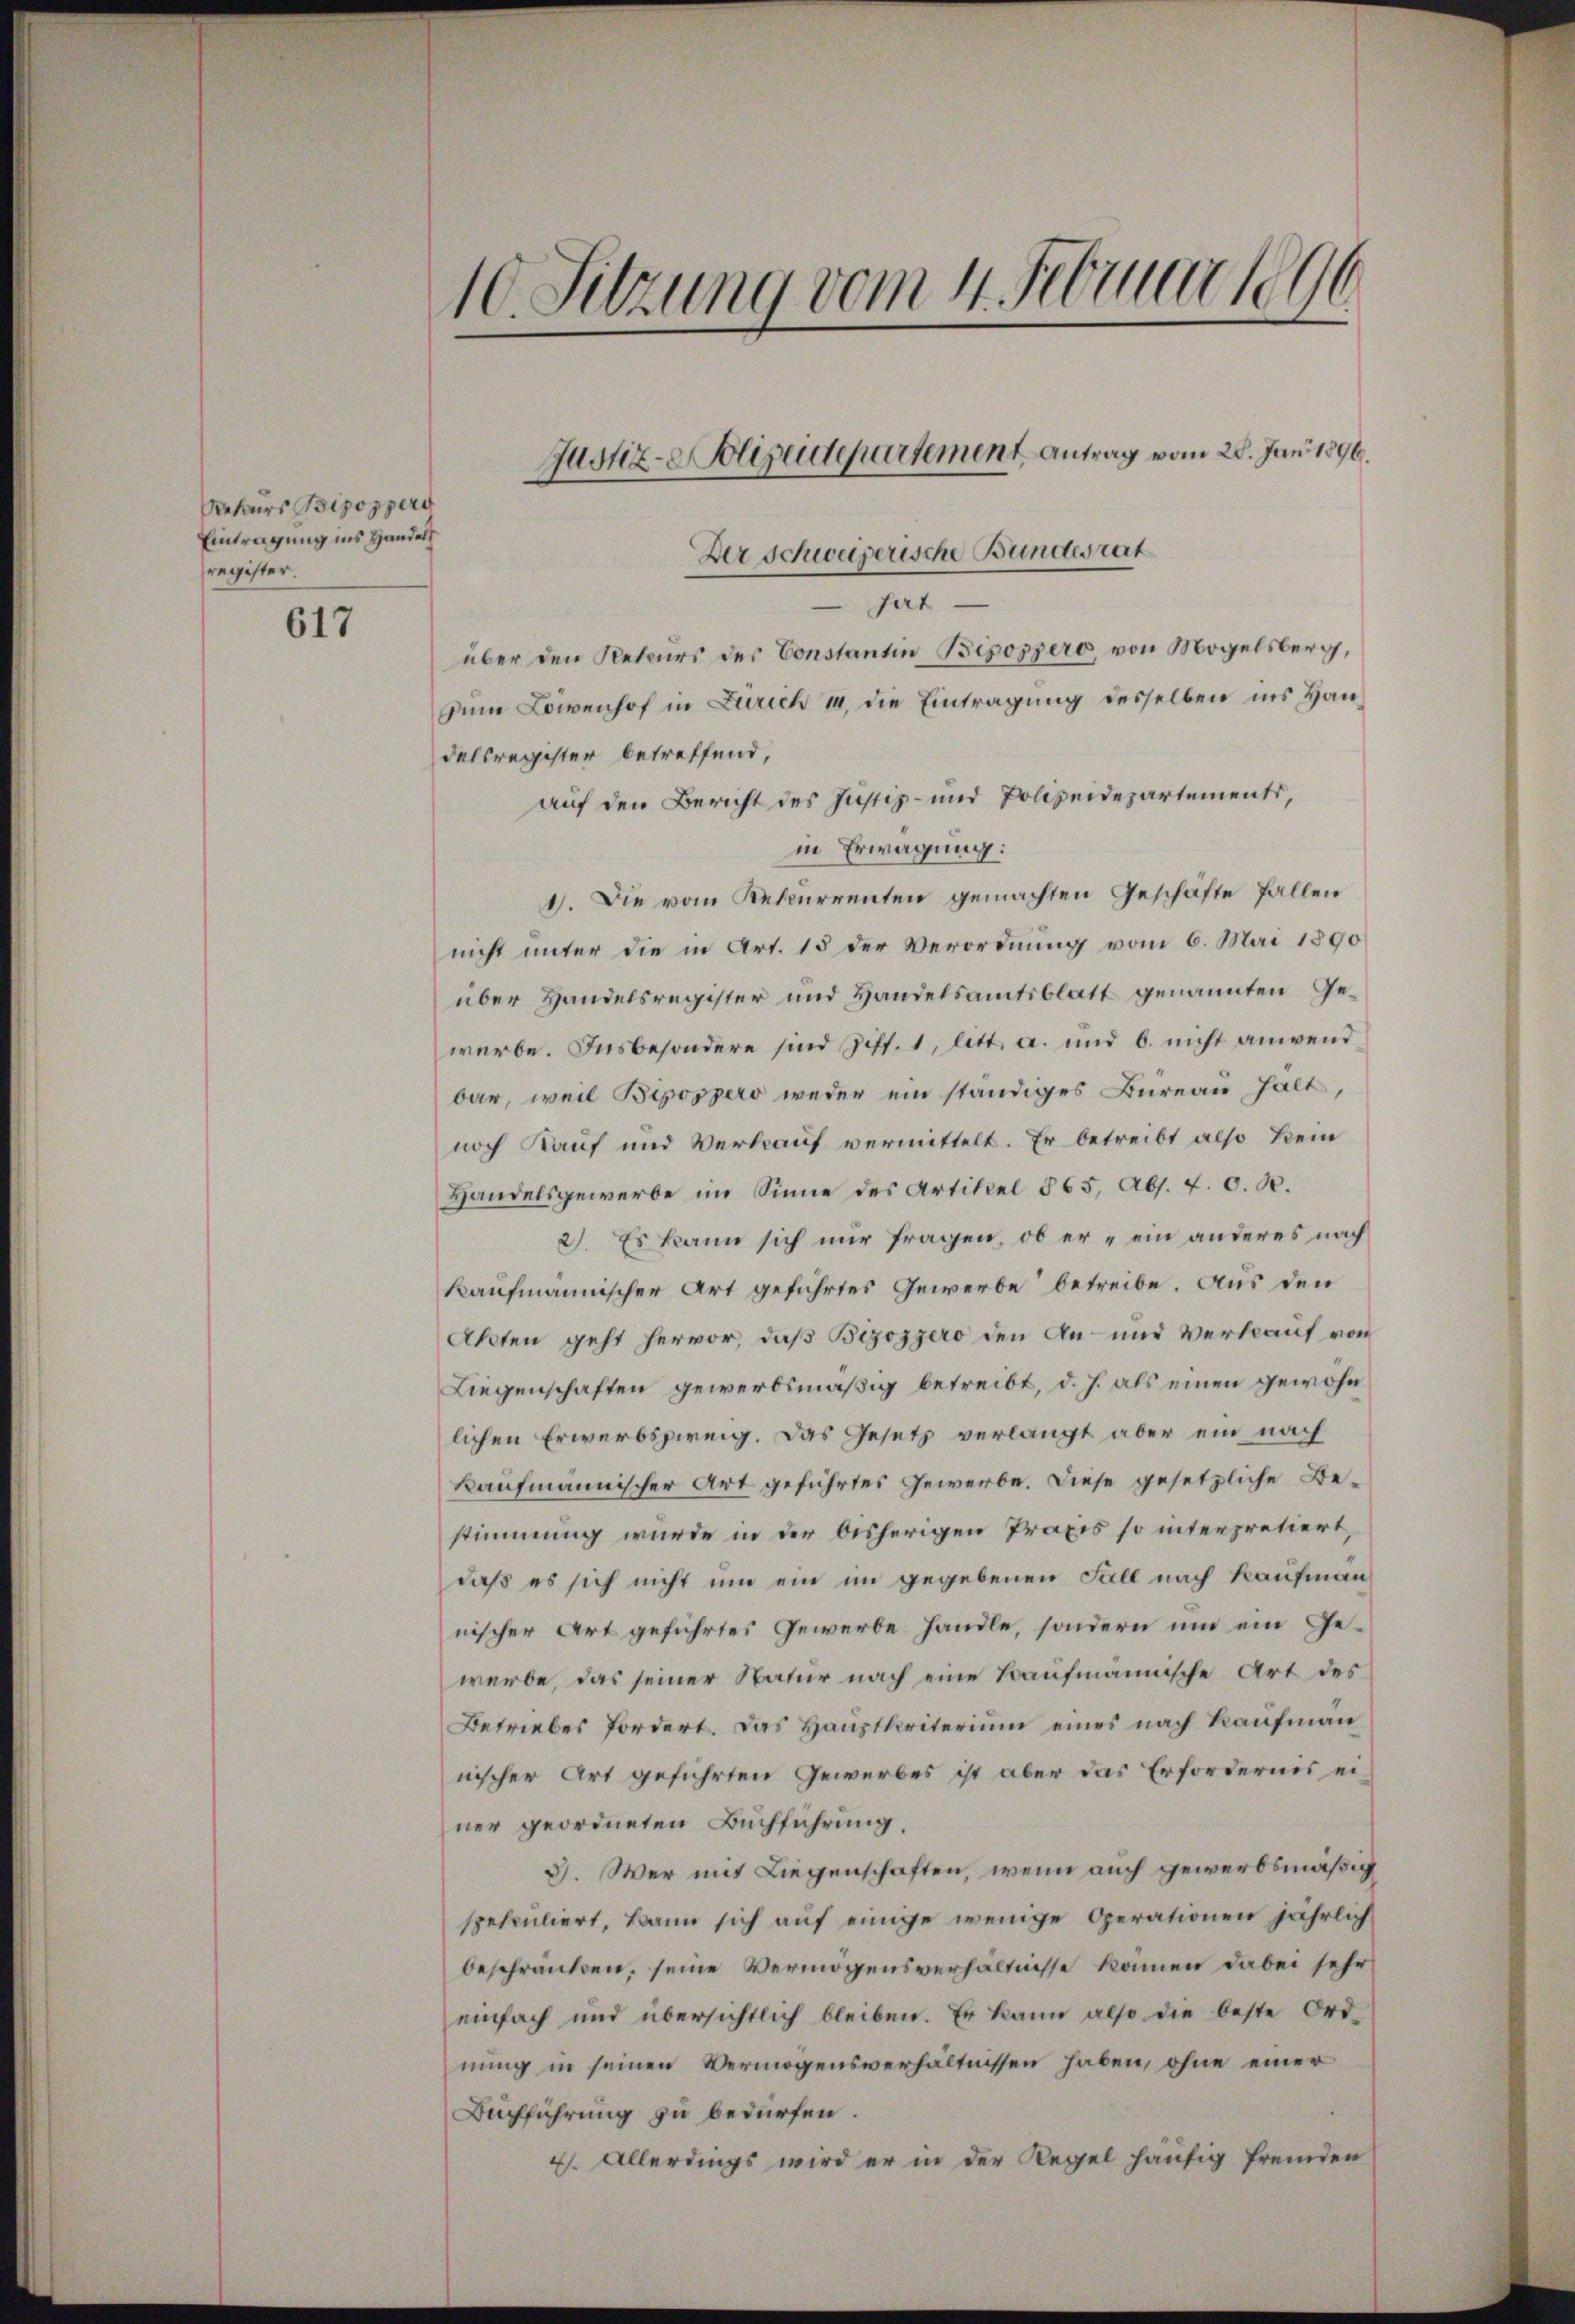
Rekurs Bipospers
Eintragung ins Handels
register.

617

10. Sitzung vom 4. Februar 1890

Der schweizerische Bundesrat
Gert
über den Rekurs des Constantin Bepozzero, von Mogelsberg,
zum Lienhof in Zürich 14, die Eintragung desselben ins Handelsregister betreffend,
auf den Bericht des Justiz- und Polizeidepartements,
in Erwägung:
1). Die vom Rekurrenten gemachten Geschäfte fallen
nicht unter die in Art. 15 der Verordnung vom 6. Mai 1890
über Handelsregister und Handelsamtsblatt genannten Gewerbe. Insbesondere sind Ziff. 1, litt. a. und b. nicht anwend
bar, weil Bipospero weder ein ständiges Bureau halt
noch Kauf und Verkauf vermittelt. Er betreibt also kein
Handelsgewerbe im Sinne des Artikel 865, Abs. 4. O. R.
2. Es kann sich nur fragen, ob er „ein anderes nach
kaufmännischer Art geführtes Gewerbe betreibe. Aus den
Akten geht hervor, daß Bezozzero den An- und Verkauf von
Liegenschaften gewerbsmäßig betreibt, d. J. als einen gewohn
lichen Erwerbszweig. Das Gesetz verlangt aber ein nach
kaufmännischer Art geführtes Gewerbe. Diese gesetzliche Bestimmung wurde in der bisherigen Praxis so interpretiert,
daß es sich nicht um ein im gegebenen Fall nach Kaufman
nischer Art geführtes Gewerbe handle, sondern um ein Gewerbe, das seiner Natur nach eine Kaufmännische Art des
Betriebes fordert. Das Hauptkriterium eines nach Kaufmann
nischer Art geführten Gewerbes ist aber das Erfordernis einer geordneten Buchführung
3). Wer mit Liegenschaften, wenn auch gewerbsmäßig
spekuliert, kann sich auf einige wenige Operationen jährlich
beschränken, seine Vermögensverhältnisse kommen dabei sehr
einfach und übersichtlich bleiben. Er kann also die beste Ord-
nung in seinen Vermögensverhältnissen haben, ohne einer
Buchführung zu bedürfen.
4. Allerdings wird er in der Regel häufig fremden

Justiz-Polizeidepartement Antrag vom 28. Juni 1896.